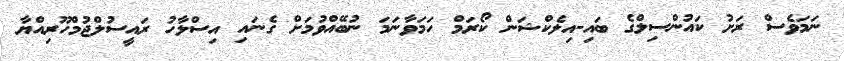
ނަމަވެސް ރަށު ކައުންސިލްގެ ބައި-އިލެކްޝަން ކޯރަމް ހަމަވާނަމަ ނުބޭއްވުމަށް ގެނައި އިސްލާހު ރައީސުލްޖުމްހޫރިއްޔާ